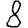
Digit: 8